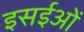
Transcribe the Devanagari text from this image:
इसईओं